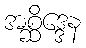
အစ္ဆိဒ္ဒေန